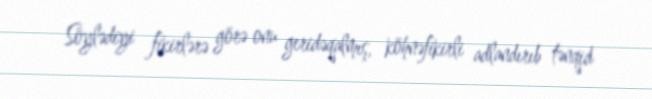
Söylədiyi fikirlərə görə onu geridəqalmış, köhnəfikirli adlandırıb tənqid